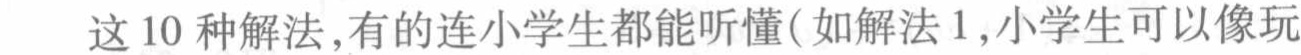
这10种解法,有的连小学生都能听懂(如解法1,小学生可以像玩